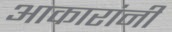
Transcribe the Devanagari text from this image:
आकारांनी